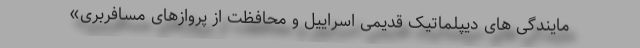
مایندگی های دیپلماتیک قدیمی اسراییل و محافظت از پروازهای مسافربری»